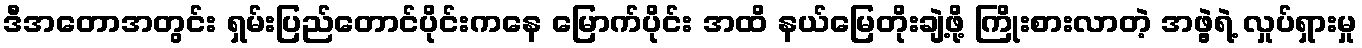
ဒီအတောအတွင်း ရှမ်းပြည်တောင်ပိုင်းကနေ မြောက်ပိုင်း အထိ နယ်မြေတိုးချဲ့ဖို့ ကြိုးစားလာတဲ့ အဖွဲ့ရဲ့ လှုပ်ရှားမှု